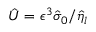
\hat { U } = \epsilon ^ { 3 } \hat { \sigma } _ { 0 } / \hat { \eta } _ { l }